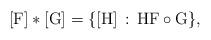
LaTeX: \begin{align*}[\mathrm{F}]*[\mathrm{G}]=\{[\mathrm{H}]\,:\,\mathrm{H} \mathrm{F}\circ\mathrm{G}\},\end{align*}